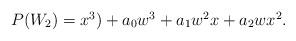
LaTeX: \begin{align*}\begin {array}{lcr}P(W_2)= x^3)+ a_0w^3+a_1w^2x+a_2wx^2. \end{array}\end{align*}